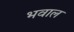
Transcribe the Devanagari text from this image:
भवाल